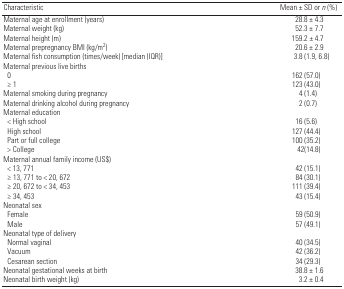
<table><thead><tr><td><b>Characteristic</b></td><td><b>Mean ± SD or <i>n</i> (%)</b></td></tr></thead><tbody><tr><td><b>Maternal age at enrollment (years) </b></td><td>28.8 ± 4.3</td></tr><tr><td><b>Maternal weight (kg) </b></td><td>52.3 ± 7.7</td></tr><tr><td><b>Maternal height (m) </b></td><td>159.2 ± 4.7</td></tr><tr><td><b>Maternal prepregnancy BMI (kg/m<sup>2</sup>) </b></td><td>20.6 ± 2.9</td></tr><tr><td><b>Maternal fish consumption (times/week) [median (IQR)]</b></td><td>3.8 (1.9, 6.8)</td></tr><tr><td><b>Maternal previous live births </b></td><td>[EMPTY_CELL]</td></tr><tr><td><b>0</b></td><td>162 (57.0)</td></tr><tr><td><b>≥ 1</b></td><td>123 (43.0)</td></tr><tr><td><b>Maternal smoking during pregnancy </b></td><td>4 (1.4)</td></tr><tr><td><b>Maternal drinking alcohol during pregnancy </b></td><td>2 (0.7)</td></tr><tr><td><b>Maternal education </b></td><td>[EMPTY_CELL]</td></tr><tr><td><b>&lt; High school</b></td><td>16 (5.6)</td></tr><tr><td><b>High school</b></td><td>127 (44.4)</td></tr><tr><td><b>Part or full college</b></td><td>100 (35.2)</td></tr><tr><td><b>&gt; College</b></td><td>42(14.8)</td></tr><tr><td><b>Maternal annual family income (US$) </b></td><td>[EMPTY_CELL]</td></tr><tr><td><b>&lt; 13, 771</b></td><td>42 (15.1)</td></tr><tr><td><b>≥ 13, 771 to &lt; 20, 672</b></td><td>84 (30.1)</td></tr><tr><td><b>≥ 20, 672 to &lt; 34, 453</b></td><td>111 (39.4)</td></tr><tr><td><b>≥ 34, 453</b></td><td>43 (15.4)</td></tr><tr><td><b>Neonatal sex </b></td><td>[EMPTY_CELL]</td></tr><tr><td><b>Female</b></td><td>59 (50.9)</td></tr><tr><td><b>Male</b></td><td>57 (49.1)</td></tr><tr><td><b>Neonatal type of delivery </b></td><td>[EMPTY_CELL]</td></tr><tr><td><b>Normal vaginal</b></td><td>40 (34.5)</td></tr><tr><td><b>Vacuum</b></td><td>42 (36.2)</td></tr><tr><td><b>Cesarean section</b></td><td>34 (29.3)</td></tr><tr><td><b>Neonatal gestational weeks at birth</b></td><td>38.8 ± 1.6</td></tr><tr><td><b>Neonatal birth weight (kg) </b></td><td>3.2 ± 0.4</td></tr></tbody></table>